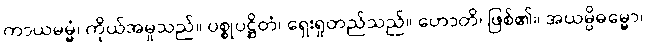
ကာယမမ္မံ၊ ကိုယ်အမှုသည်။ ပစ္စုပဋ္ဌိတံ၊ ရှေးရှုတည်သည်။ ဟောတိ၊ ဖြစ်၏။ အယမ္ပိဓမ္မော၊